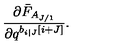
\frac { \partial \bar { F } _ { A _ { J / 1 } } } { \partial q ^ { b _ { i | J } \left[ i + J \right] } } .